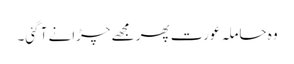
وہ حاملہ عورت پھر مجھے چڑانے آ گئی۔